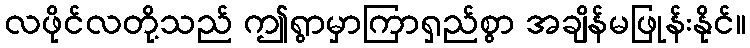
လဖိုင်လတို့သည် ဤရွာမှာကြာရှည်စွာ အချိန်မဖြုန်းနိုင်။